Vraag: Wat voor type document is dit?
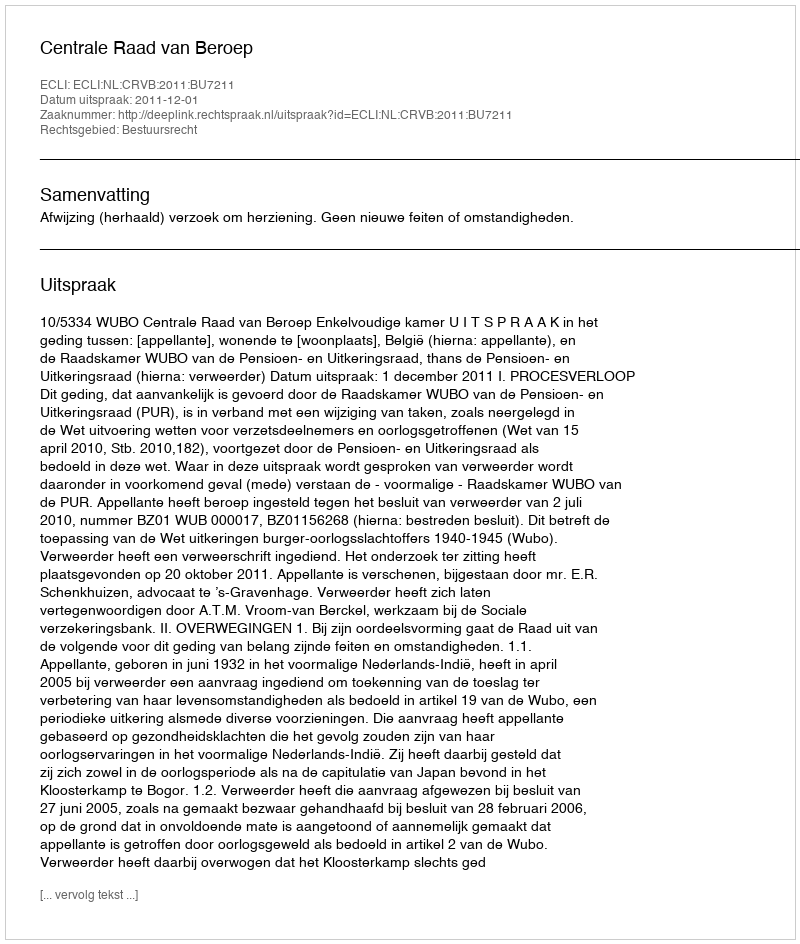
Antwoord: Uitspraak